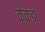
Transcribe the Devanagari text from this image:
केकडा़